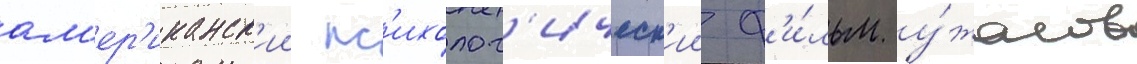
ам'ер'иканск'ии пс'ихолог'ическ'ии ф'и́льм у́жасов